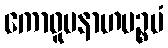
ကောဓူပနာဟပဉ္စမံ